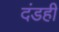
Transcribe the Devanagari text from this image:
दंडही